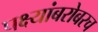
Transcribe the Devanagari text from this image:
पक्ष्यांबरोबरच